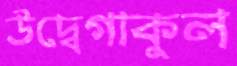
উদ্বেগাকুল